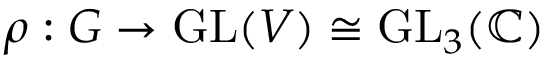
\rho : G \to { \mathrm { G L } } ( V ) \cong { \mathrm { G L } } _ { 3 } ( \mathbb { C } )